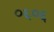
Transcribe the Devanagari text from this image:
०६०६